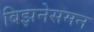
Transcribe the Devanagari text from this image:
बिझनेसमन